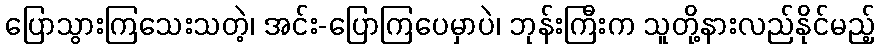
ပြောသွားကြသေးသတဲ့၊ အင်း-ပြောကြပေမှာပဲ၊ ဘုန်းကြီးက သူတို့နားလည်နိုင်မည့်